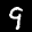
Label: 9